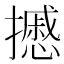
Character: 𢷾